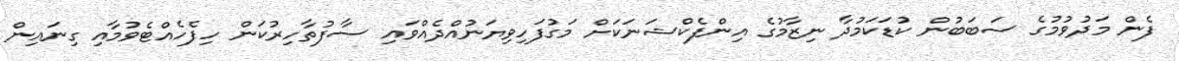
ފެން މަދުވުމުގެ ސަބަބުން ކުޑަކަމުދާ ނިޒާމުގެ އިންފެކްޝަނަކަށް މަގުފަހިވިޔަނުއްދެއްވައި ސާފުތާހިރުކަން ހިފެހެއްޓެވުމާއި ގިނައިން